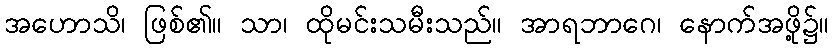
အဟောသိ၊ ဖြစ်၏။ သာ၊ ထိုမင်းသမီးသည်။ အာရဘာဂေ၊ နောက်အဖို့၌။